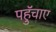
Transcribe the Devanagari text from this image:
पहुॅचाए